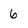
Character: 6